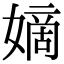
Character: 嫡